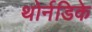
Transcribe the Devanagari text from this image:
थोर्नडिके